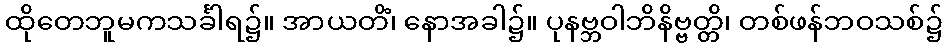
ထိုတေဘူမကသင်္ခါရ၌။ အာယတိံ၊ နောအခါ၌။ ပုနဗ္ဘဝါဘိနိဗ္ဗတ္တိ၊ တစ်ဖန်ဘဝသစ်၌